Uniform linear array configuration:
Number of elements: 64
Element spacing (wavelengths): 0.25
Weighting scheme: cosine
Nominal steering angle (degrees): -45
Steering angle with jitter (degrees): -44.127
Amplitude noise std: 0.05
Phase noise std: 0.05

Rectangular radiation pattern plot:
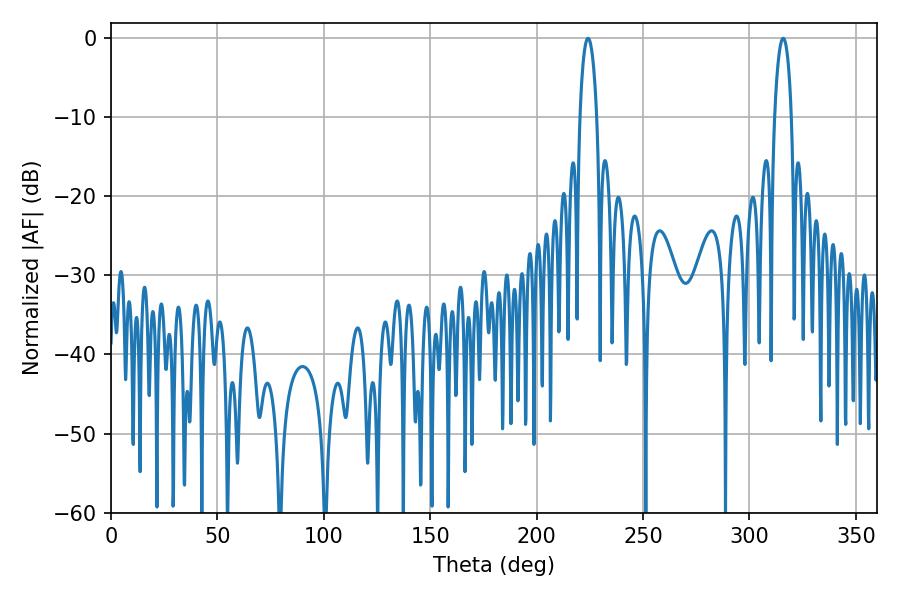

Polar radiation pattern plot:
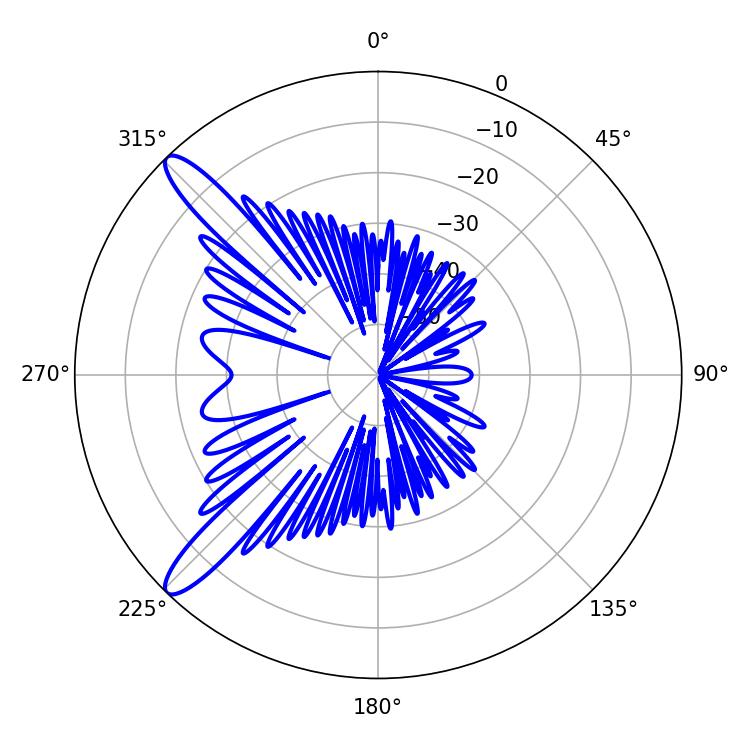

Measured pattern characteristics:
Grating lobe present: FALSE
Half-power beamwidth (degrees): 4.5
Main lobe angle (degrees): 224.1